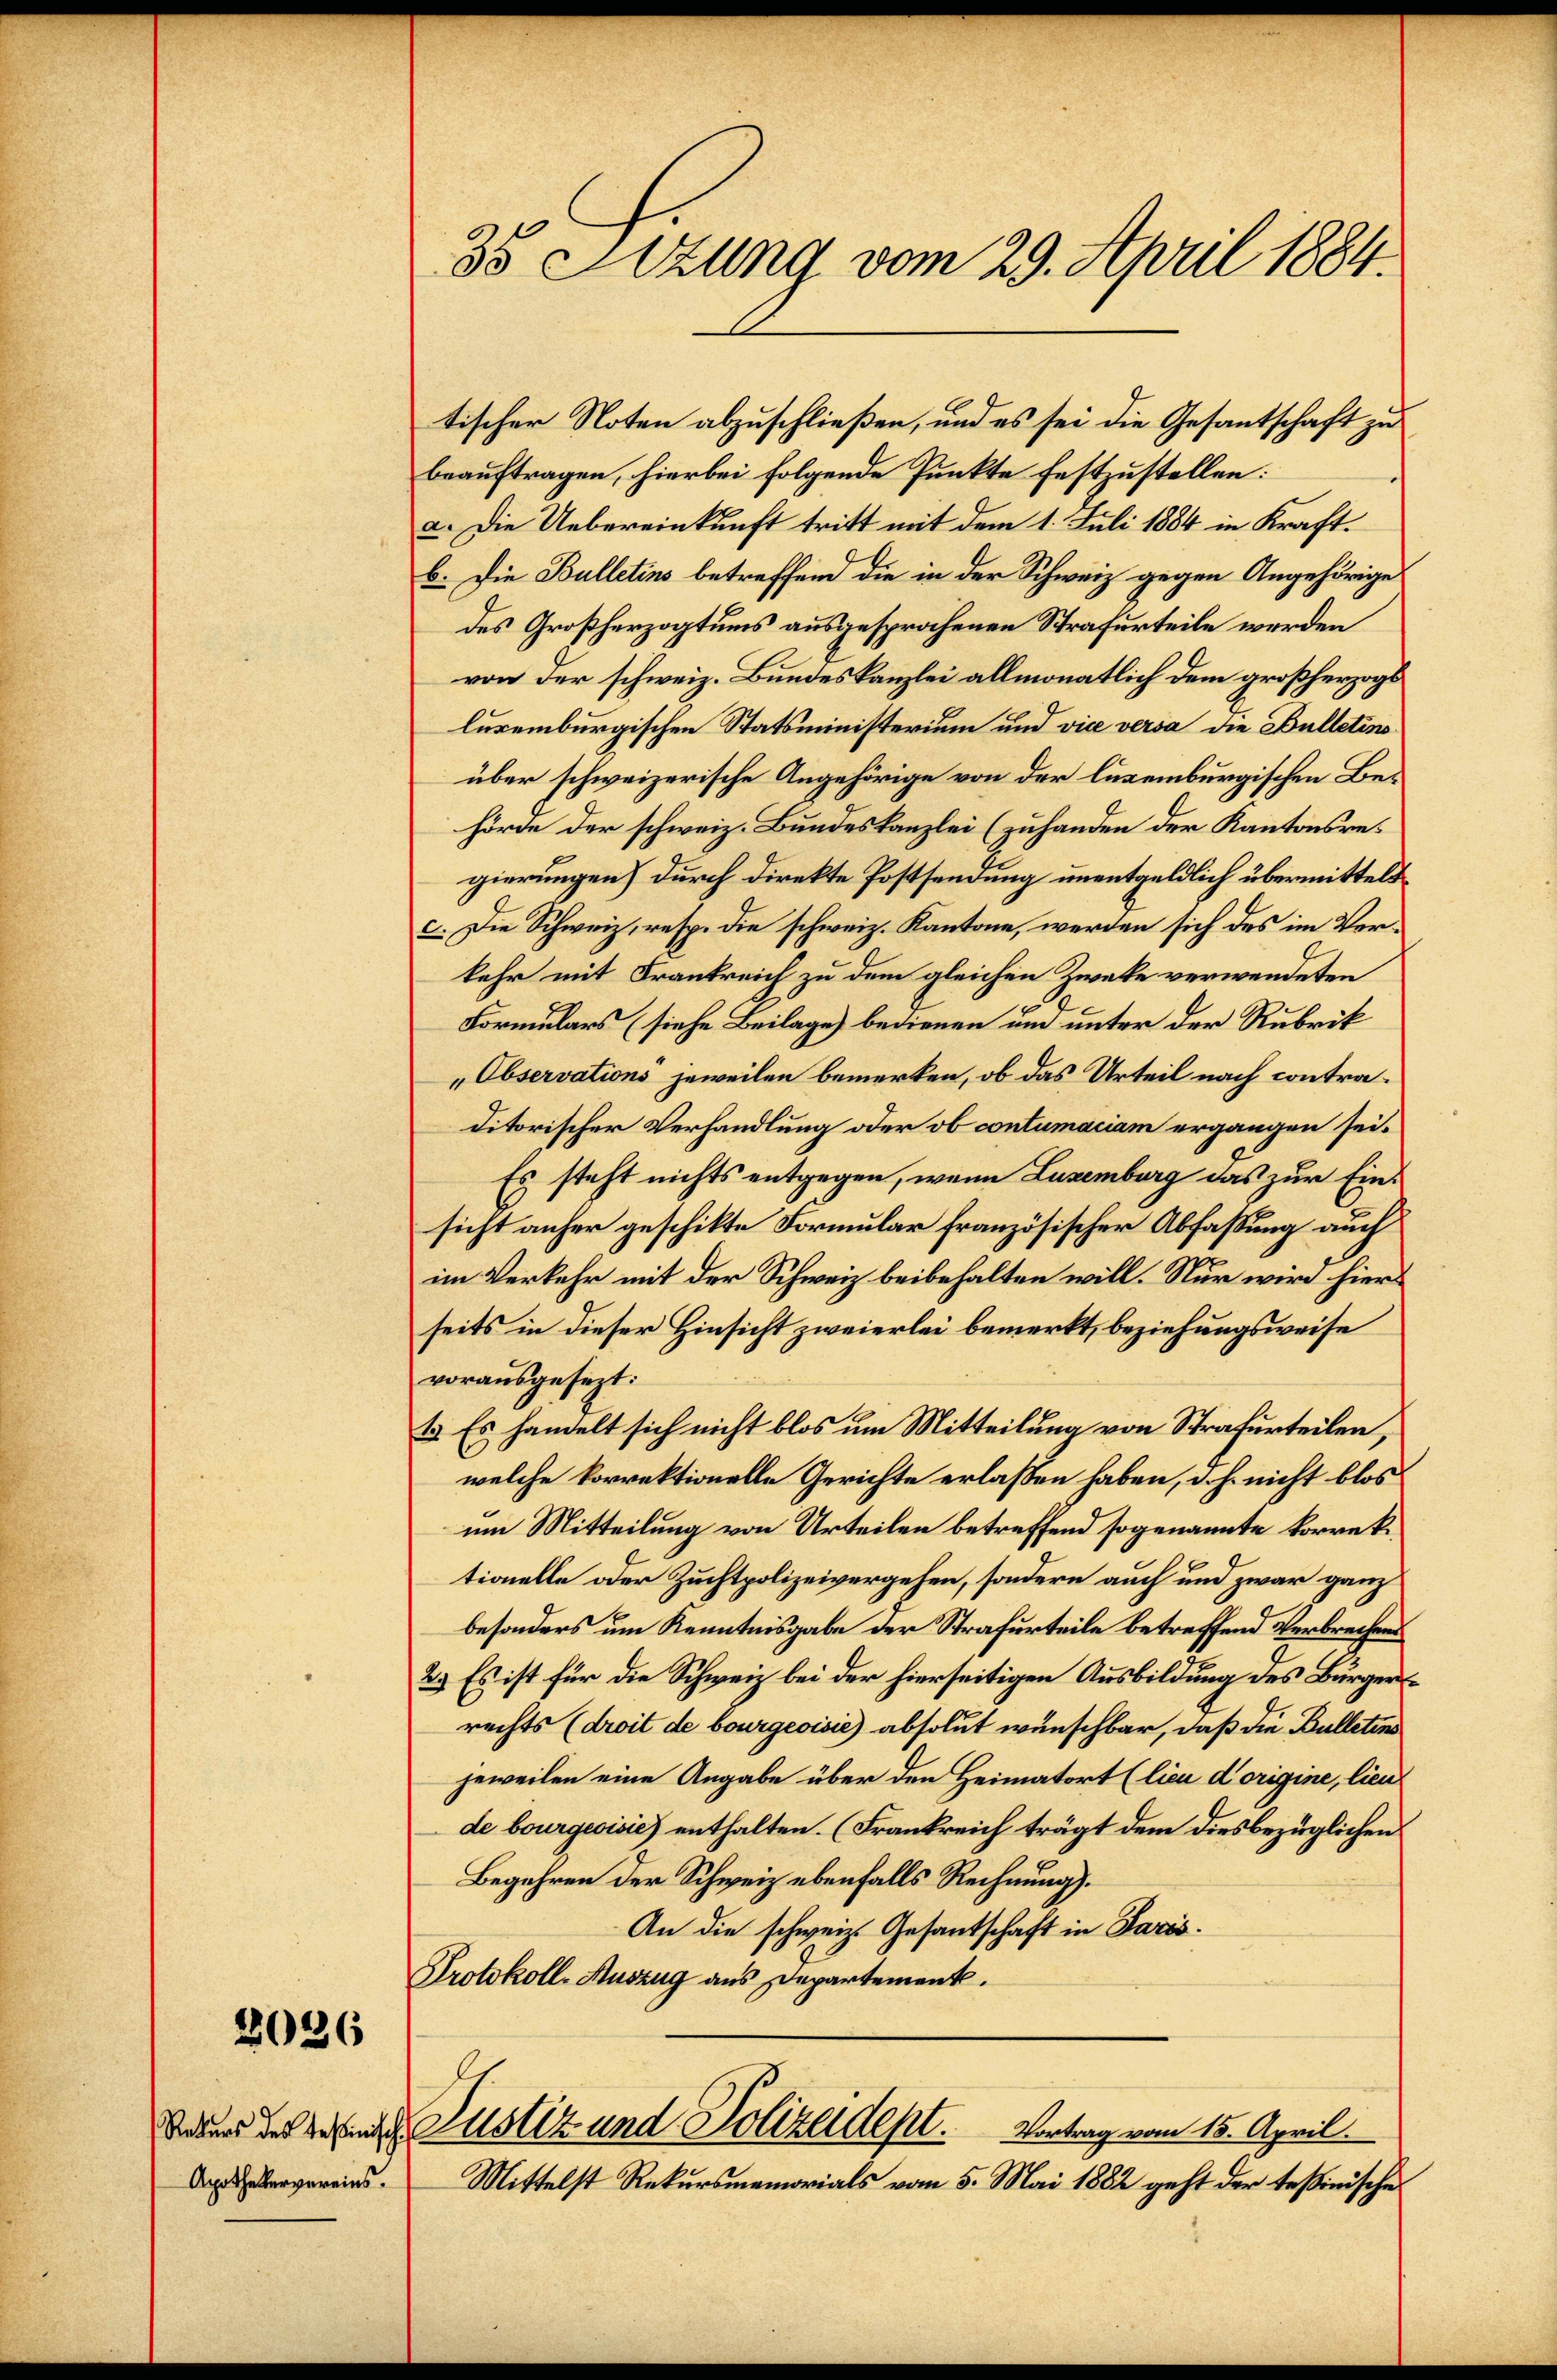
2026

tischer Noten abzuschließen, und es sei die Gesantschaft zu
beauftragen, hierbei folgende Punkte festzustellen:
a. Die Uebereinkunft tritt mit dem 1. Juli 1884 in Kraftb. Die Bulletins betreffend die in der Schweiz gegen Angehörige
des Großherzogtums ausgesprochenen Strafurteile werden
von der schweiz. Bundeskanzlei allmonatlich dem großherzogs
luremburgischen Statsministerium und vice versa die Bulletins
über schweizerische Angehörige von der luxenburgischen Behörde der schweiz. Bundeskanzlei (zuhanden der Kantonsregierungen) durch direkte Postsendung unentgeldlich übermittelt
c. Die Schweiz, resp. die schweiz. Kantone, werden sich des im Vorkehr mit Frankreich zu dem gleichen Zweke verwendeten
Formulars (siehe Beilage) bedienen und unter der Rubrik
Observations jeweilen bemerken, ob das Urteil nach contraditorischer Verhandlung oder ob contumaciam ergangen sei.
Es steht nichts entgegen, wenn Luzemburg das zur Einsicht anher geschikte Formular französischer Abfassung auch
im Verkehr mit der Schweiz beibehalten will. Nur wird hierseits in dieser Hinsicht zweierlei bemerkt, beziehungsweise
vorausgesezt:
1. Es handelt sich nicht blos um Mitteilung von Strafurteilen,
welche korrektionelle Gerichte erlaßen haben, d. h. nicht blos
um Mitteilung von Urteilen betreffend sogenannte korrektionelle oder Zuchtpolizeivergehen, sondern auch und zwar ganz
besonders um Kenntnisgabe der Strafurteile betreffend Verbrechens
2.) Es ist für die Schweiz bei der hierseitigen Ausbildung des Bürgerrechts (droit de bourgeoisie) absolut wünschbar, daß die Bulletins
jeweilen eine Angabe über den Heimatort (lien Korigine, lieu
de bourgeoisie) enthalten. (Frankreich trägt dem diesbezüglichen
Begehren der Schweiz ebenfalls Rechnung).
An die schweiz. Gesantschaft in Paris.
Protokoll-Auszug aus Departement.
von der der Justiz und Polizeident.
Vortrag vom 15. April.
Mittelst Rekursmemorials vom 5. Mai 1882 geht der Teßinische

Apothekervereins.

3o Sitzung vom 29. April 1884.